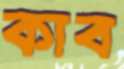
কাব